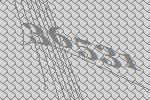
36531